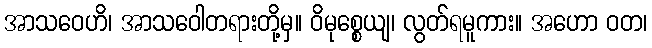
အာသဝေဟိ၊ အာသဝေါတရားတို့မှ။ ဝိမုစ္စေယျ၊ လွတ်ရမူကား။ အဟော ဝတ၊